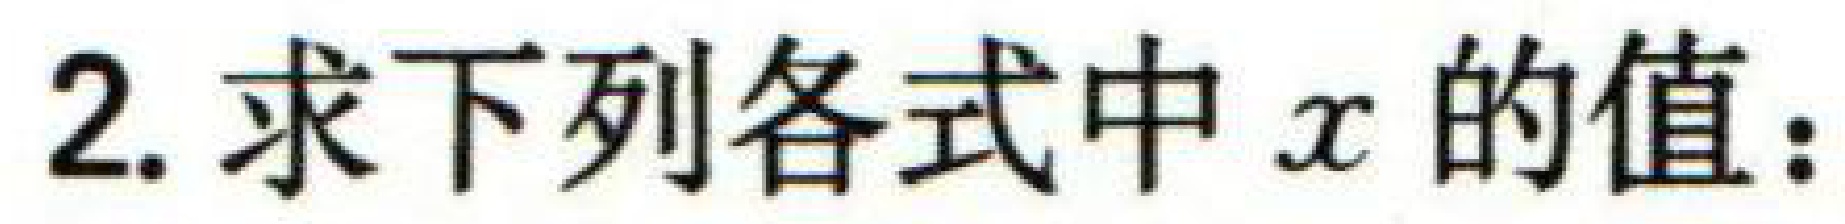
2. 求下列各式中\(x\)的值：